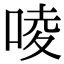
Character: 㖫